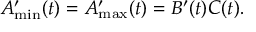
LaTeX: A _ { \operatorname* { m i n } } ^ { \prime } ( t ) = A _ { \operatorname* { m a x } } ^ { \prime } ( t ) = B ^ { \prime } ( t ) C ( t ) .